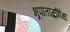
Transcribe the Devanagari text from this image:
भूपाताळीपेक्षा